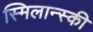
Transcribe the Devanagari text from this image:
स्मिलान्स्की